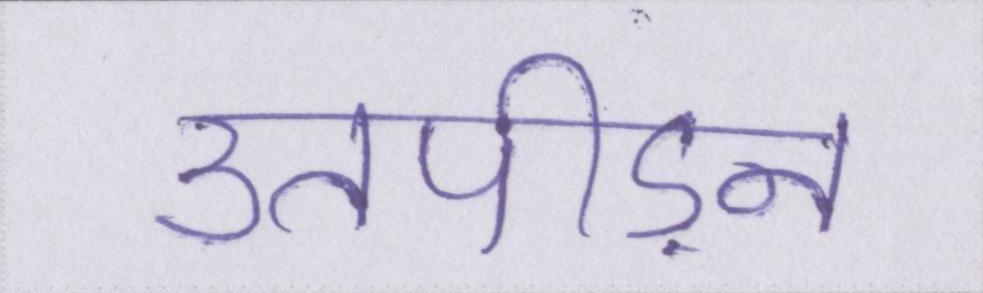
उतपीड़न